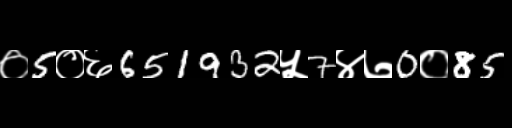
Text: ०5०६651932५7४७0०85